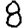
Digit: 8